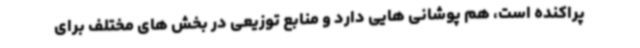
پراکنده است، هم پوشانی هایی دارد و منابع توزیعی در بخش های مختلف برای